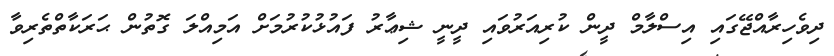
ދިވެހިރާއްޖޭގައި އިސްލާމް ދީން ކުރިއަރުވައި ދީނީ ޝިޢާރު ފައުޅުކުރުމަށް އަމިއްލަ ގޮތުން ޙަރަކާތްތެރިވާ